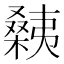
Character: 㯩